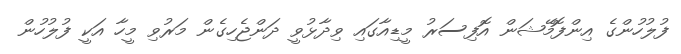
ފުލުހުންގެ އިންފޮމޭޝަން އޮފިސަރު މީޑިއާގައި ވިދާޅުވީ ދަންޖެހިގެން މަރުވި މީހާ އަކީ ފުލުހުން